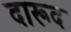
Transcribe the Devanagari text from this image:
दारूद